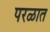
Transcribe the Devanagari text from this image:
परळात